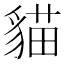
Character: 貓